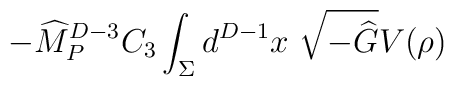
-{\widehat M}_P^{D-3} C_3 \int_\Sigma d^{D-1} x ~\sqrt{-{\widehat G}}V(\rho)